Report on the bubonic plague in Bombay, 1896-1897
Year: 1896
Disease focus: Plague
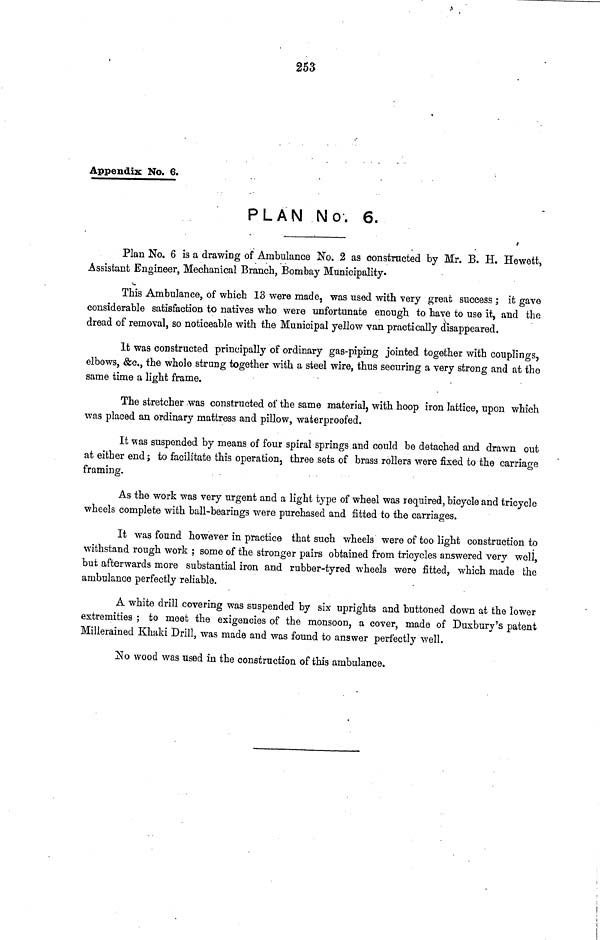
253
Appendix No. 6.
PLAN No. 6.
Plan No. 6 is a drawing of Ambulance No. 2 as constructed by Mr. Β. Η. Hewett,
Assistant Engineer, Mechanical Branch, Bombay Municipality.
This Ambulance, of which 13 were made, was used with very great success ; it gave
considerable satisfaction to natives who were unfortunate enough to have to use it, and the
dread of removal, so noticeable with the Municipal yellow van practically disappeared.
It was constructed principally of ordinary gas-piping jointed together with couplings,
elbows, &c., the whole strung together with a steel wire, thus securing a very strong and at the
same time a light frame.
The stretcher was constructed of the same material, with hoop iron lattice, upon which
was placed an ordinary mattress and pillow, waterproofed.
It was suspended by means of four spiral springs and could be detached and drawn out
at either end ; to facilitate this operation, three sets of brass rollers were fixed to the carriage
framing.
As the work was very urgent and a light type of wheel was required, bicycle and tricycle
wheels complete with ball-bearings were purchased and fitted to the carriages.
It was found however in practice that such wheels were of too light construction to
withstand rough work ; some of the stronger pairs obtained from tricycles answered very well,
but afterwards more substantial iron and rubber-tyred wheels were fitted, which made the
ambulance perfectly reliable.
A white drill covering was suspended by six uprights and buttoned down at the lower
extremities ; to meet the exigencies of the monsoon, a cover, made of Duxbury's patent
Millerained Khaki Drill, was made and was found to answer perfectly well.
No wood was used in the construction of this ambulance.